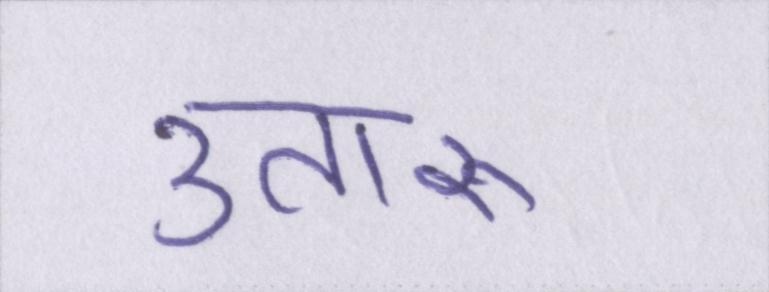
उतारू